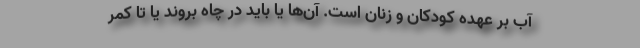
آب بر عهده کودکان و زنان است. آن‌ها یا باید در چاه بروند یا تا کمر